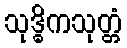
သုဒ္ဓိကသုတ္တံ